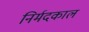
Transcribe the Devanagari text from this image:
निर्मदकाल